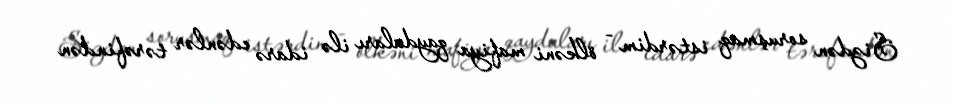
Sizdən soruşmaq istərdim - ölkəni mafiya qaydaları ilə idarə edənlər tərəfindən